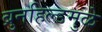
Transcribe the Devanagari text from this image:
ब्रुनहिल्डमुळे